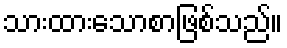
သားထားသောစာဖြစ်သည်။